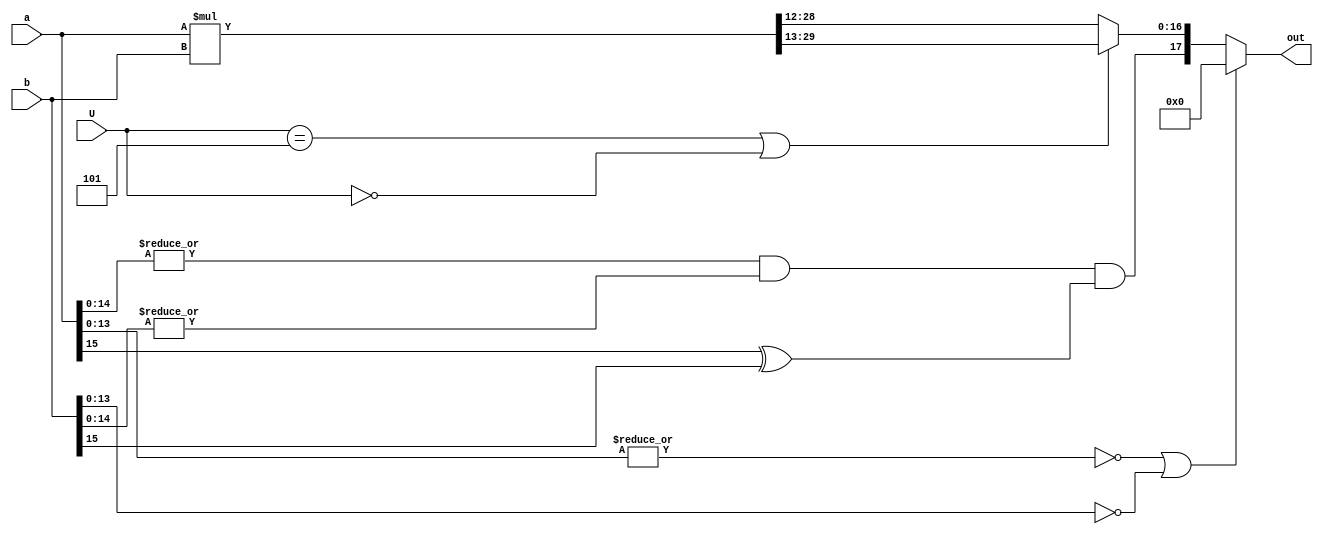
module mult_FP_L17 #(parameter frac_in=14,frac_out=16,int_out=1)(a, b,out,U);
localparam size_out=frac_out+int_out+1;
localparam frac_out_U5_U0=frac_out-1, int_out_U5_U0=int_out+1;
	input 	wire signed [15:0] a;
	input    wire signed	[15:0] b;
	input 	wire 			[2:0]  U;
	output   wire signed	[size_out-1:0] out;
	
wire sign,zero_flag;
wire [31:0] frac_temp;
//wire [size_out-1:0] out_temp;
//wire [size_out-1:0] out_temp;
assign frac_temp=a*b;
assign sign= zero_flag&&(a[15]^b[15]);
assign zero_flag=(|a[14:0])&&(|b[14:0]);
//assign out_temp= U==5||U==0 ? {sign,frac_temp[(frac_in*2-1)+int_out_U5_U0:(frac_in*2-1)+int_out_U5_U0-(size_out-2)]} :{sign,frac_temp[(frac_in*2-1)+int_out:(frac_in*2-1)+int_out-(size_out-2)]};
assign out=(!(|a[frac_in-1:0])||!(b[frac_in-1:0])) ? 18'b0 :
			U==5||U==0 ?  {sign,frac_temp[(frac_in*2-1)+int_out_U5_U0:(frac_in*2-1)+int_out_U5_U0-(size_out-2)]} :
			{sign,frac_temp[(frac_in*2-1)+int_out:(frac_in*2-1)+int_out-(size_out-2)]};

endmodule